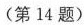
(第14题)